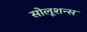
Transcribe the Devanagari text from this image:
सोलूशन्स